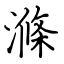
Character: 滌